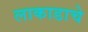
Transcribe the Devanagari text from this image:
लाकाडाचे